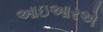
આઇઆરએ